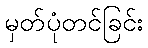
မှတ်ပုံတင်ခြင်း